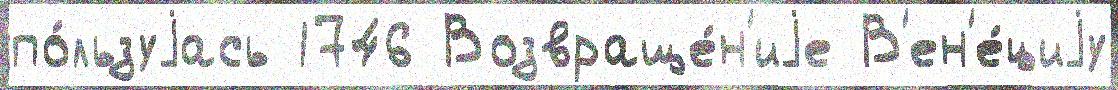
по́льзуjась 1746 Возвраще́н'иjе В'ен'е́циjу